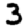
Digit: 3